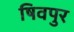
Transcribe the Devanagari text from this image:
षिवपुर